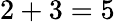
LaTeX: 2+3=5